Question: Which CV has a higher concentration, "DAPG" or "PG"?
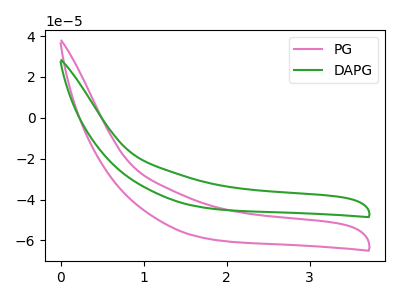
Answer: <think>The pink curve "PG" has no peaks. The green curve "DAPG" has no peaks.
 Neither "DAPG" or "PG" have any peaks.</think>
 <answer>I cant tell if "DAPG" or "PG" has higher concentration.</answer>
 <eval>mixed_concentration</eval>